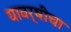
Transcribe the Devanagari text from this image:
यावर्षीचा